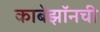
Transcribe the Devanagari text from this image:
काबेझॉनची